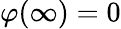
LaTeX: \varphi(\infty)=0